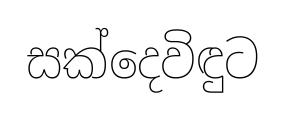
සක්දෙවිඳුට